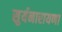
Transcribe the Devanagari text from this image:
सुर्यनारायणा